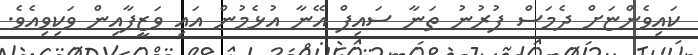
ކައިވެންޏަށް ދެމަސް ފުރުނު ތަނާ ސައިފް އޭނާ އުޅެމުން އައި ވަޒީފާއިން ވަކިވިއެވެ.